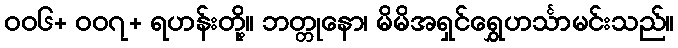
၀၀၆+ ၀၀၇+ ရဟန်းတို့။ ဘတ္တုနော၊ မိမိအရှင်ရွှေဟင်္သာမင်းသည်။